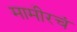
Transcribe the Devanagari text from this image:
मामीरचं